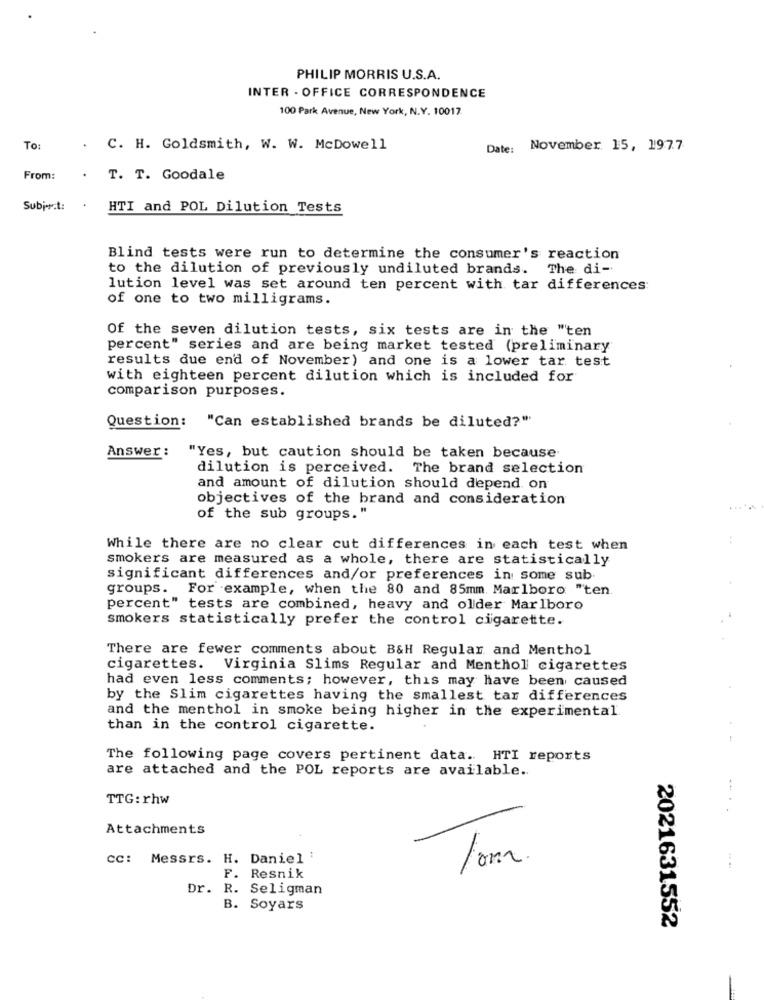
PHILIP MORRIS U.S.A.
INTER - OFFICE CORRESPONDENCE
100 Park Avenue, New York, N.Y. 10017
To:
.
C. H. Goldsmith, W. W. McDowell
Date:
November 15, 1977
From:
. T. T. Goodale
Subject:
HTI and POL Dilution Tests
Blind tests were run to determine the consumer's reaction
to the dilution of previously undiluted brands. The di-
lution level was set around ten percent with tar differences
of one to two milligrams.
Of the seven dilution tests, six tests are in the "ten
percent" series and are being market tested (preliminary
results due end of November) and one is a lower tar test
with eighteen percent dilution which is included for
comparison purposes.
Question: "Can established brands be diluted?"
Answer :
"Yes, but caution should be taken because
dilution is perceived. The brand selection
and amount of dilution should depend on
objectives of the brand and consideration
of the sub groups."
While there are no clear cut differences in each test when
smokers are measured as a whole, there are statistically
significant differences and/or preferences in some sub.
groups. For example, when the 80 and 85mm Marlboro "ten.
percent" tests are combined, heavy and older Marlboro
smokers statistically prefer the control cigarette.
There are fewer comments about B&H Regular and Menthol
cigarettes. Virginia Slims Regular and Menthol cigarettes
had even less comments; however, this may have been caused
by the Slim cigarettes having the smallest tar differences
and the menthol in smoke being higher in the experimental
than in the control cigarette.
The following page covers pertinent data. HTI reports
are attached and the POL reports are available ..
TTG: rhw
Attachments
cc: Messrs. H. Daniel :
F. Resnik
Dr.
R. Seligman
B. Soyars
2021631552